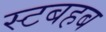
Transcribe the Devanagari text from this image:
स्टबहब